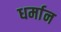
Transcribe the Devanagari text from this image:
धर्मान